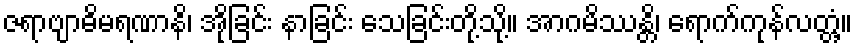
ဇရာဗျာဓိမရဏာနိ၊ အိုခြင်း နာခြင်း သေခြင်းတို့သို့။ အာဂမိဿန္တိ၊ ရောက်ကုန်လတ္တံ့။